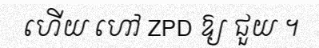
ហើយ ហៅ ZPD ឱ្យ ជួយ ។